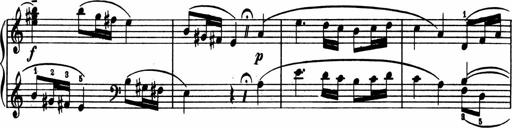
Title: 2 Sonatinen
Composer: Lambertus Adrianus van Tetterode